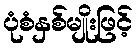
ပုံစံနှစ်မျိုးဖြင့်